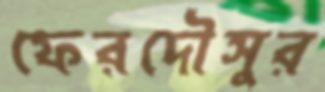
ফেরদৌসুর